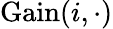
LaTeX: {\mathrm{Gain}}(i,\cdot)